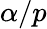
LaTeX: \alpha/p